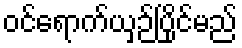
ဝင်ရောက်ယှဉ်ပြိုင်မည်